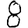
Digit: 8